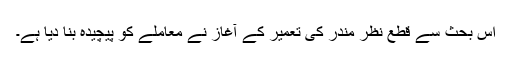
اس بحث سے قطع نظر مندر کی تعمیر کے آغاز نے معاملے کو پیچیدہ بنا دیا ہے۔